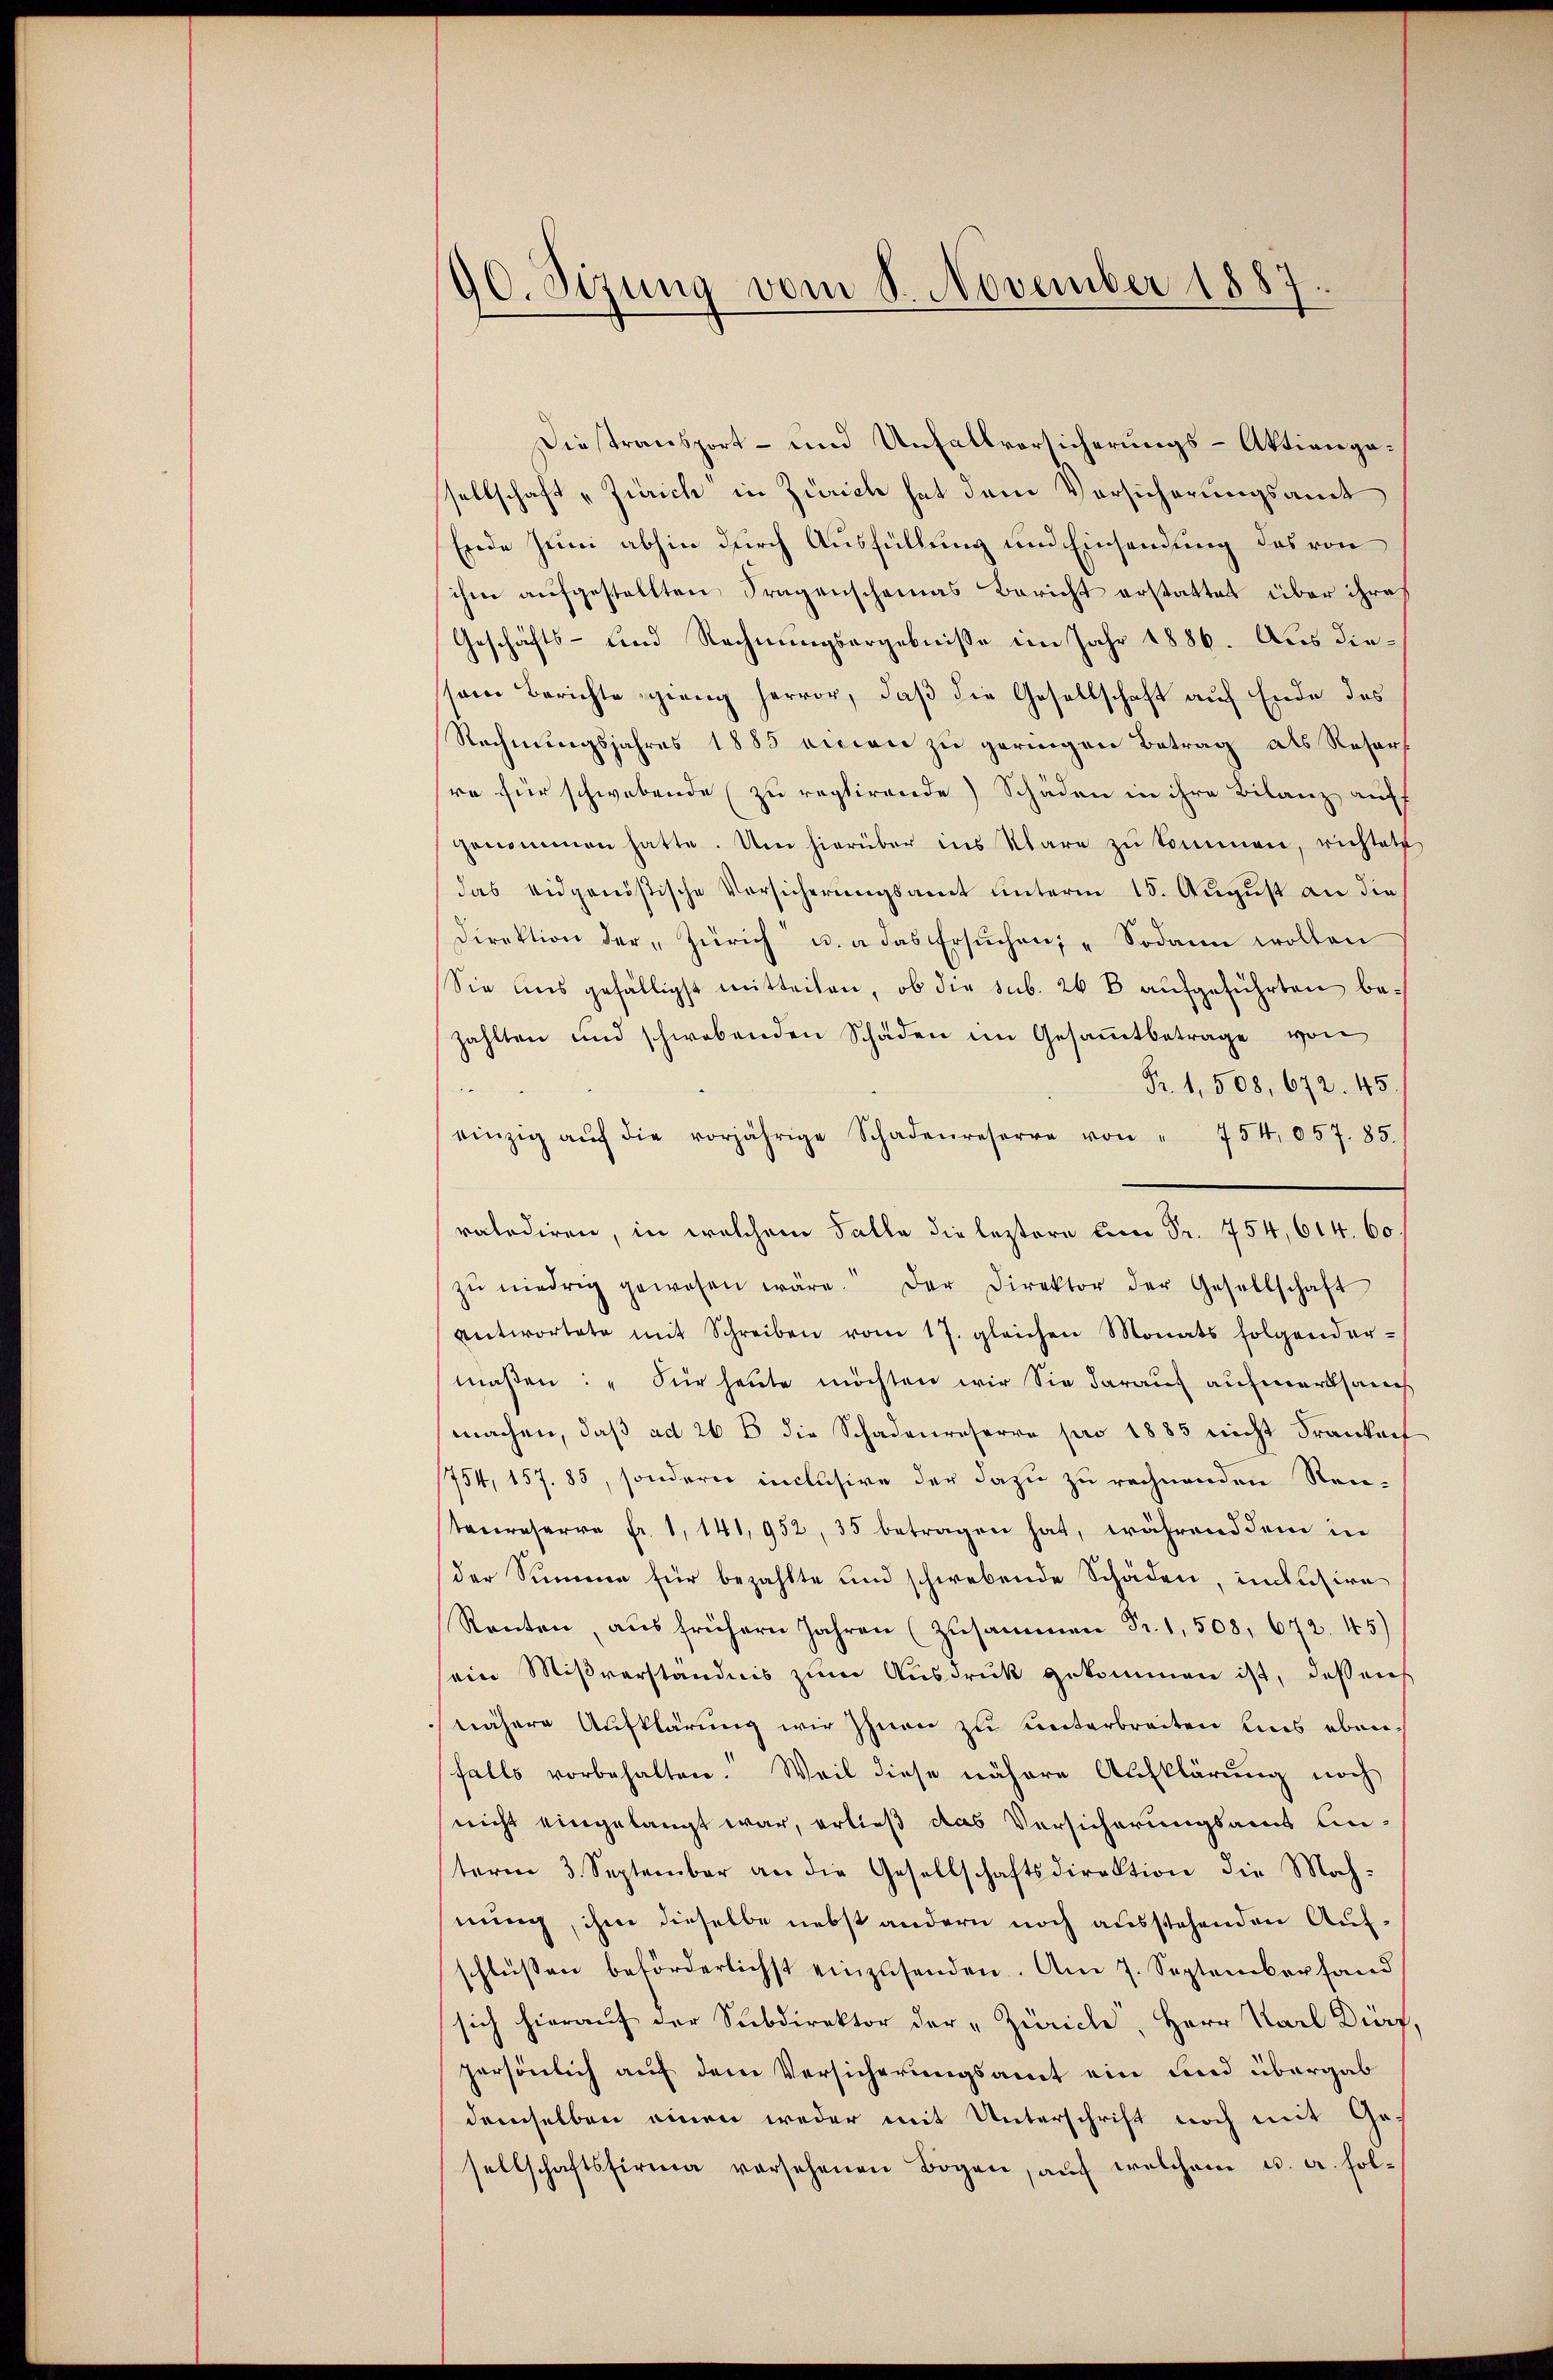
90. Sizung vom 8. November 1887

Diestransport- und Unfallvorsicherungs-Aktiengasellschaft „Zürich in Zürich hat dem Vorsicherungsamt
Erede sein abhin durch Ausfüllung und Einsendung des von
ihm aufgestellten Fragenschamas Bericht erstattet über ihres
Geschäfts- und Rechnungsergebnisse im Jahr 1886. Aus diesene Berichte gieng hervor, daß die Gesellschaft auf Ende des
Rechnungsjahres 1885 einen zu geringen Betrag als Resers
re für schwebende zu reptirende Schäden in ihre Bilanz auff
genommen hatte. Um hierüber ins klare zŭ kommen, richtete
das eidgenössische Versicherungsamt unterm 15. August an die
direktion der „Zürich u. a das ersŭchen: "Sodann wollen
Sie aus gefälligst mitteilen, ob die sub. 26 B aufgeführten bezahlten und schwebenden Schaden im Gesammtbetrage von
Fr. 1,508, 672. 45.
.
einzig aŭf die vorjährige Schadenreserre von " 754 057. 85.
ratodiren, in welchem Falle die leztere an Sr. 754, 614. 60
zŭ niedrig gewesen wäre. Der Direktor der Gesellschaft
antwortete mit Schreiben vom 17. gleichen Monats folgender-
maßen: "Für heute möchten wir Sie darauf aufmerksamch
machen, daß ad 26 B die Schadenreserve pro 1883 nicht Frankoch
754, 157. 85, sondern inclusive der dazu zu rechnenden Rentenreserre Fr. 1, 141,952, 35 betragen hat, während dem in
der Summe für bezahlte und schwebende Schäden, intusire
Ranten, aus frühern Jahren (Zusammen Fr. 1, 508, 672. 45)
ein Mißverständnis zum Ausdruck gekommen ist, daß aus
nähere Aufklärung wir Ihnen zu unterbreiten uns ebenfalls vorbehalten. Weil diese nähere Aufklärung noch
nicht eingelangt war, erließ das Versicherungsamt ln
term 3. September an die Gesellschaftsdirektion die Mach-
nung, ihm dieselbe nebst andern noch ausstehenden Auf-
schlüssen beförderlichst einzusenden. Am 7. September fand
sich hieraŭf der Subdirektor der „Zürich, Herr Karl Dirf,
persönlich auf dem Versicherungsamt ein und übergab
demselben einen weder mit Unterschrift noch mit Ge-
sellschaftsfirma versehenen Bogen, aŭf welchem u. a. fol¬